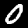
Digit: 0